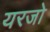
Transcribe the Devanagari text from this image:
यरजो